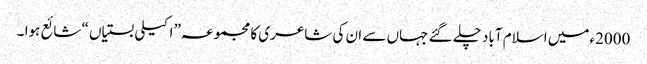
2000ءمیں اسلام آباد چلے گئے جہاں سے ان کی شاعری کا مجموعہ” اکیلی بستیاں “ شائع ہوا ۔